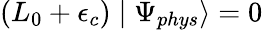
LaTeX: (L_{0}+\epsilon_{c})\mid\Psi_{phys}\rangle=0